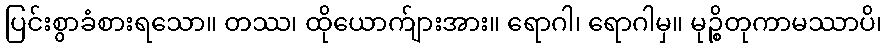
ပြင်းစွာခံစားရသော။ တဿ၊ ထိုယောက်ျားအား။ ရောဂါ၊ ရောဂါမှ။ မုဉ္စိတုကာမဿာပိ၊